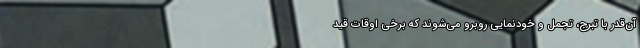
آن‌قدر با تبرّج، تجمل و خودنمایی روبرو می‌شوند که برخی اوقات قیدِ